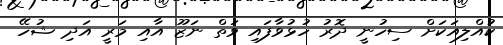
ކުއްލިއަކަށް ސިހުނީ ދޮރު ހުޅުވާފައި ވަތް ނަޒޫ އާއި މަރީ އަދި ޝުހޭ